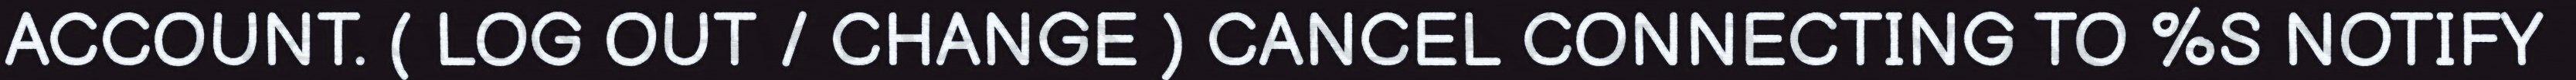
ACCOUNT. ( LOG OUT / CHANGE ) CANCEL CONNECTING TO %S NOTIFY